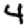
Digit: 4